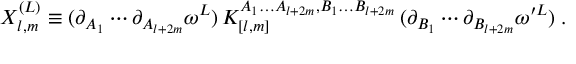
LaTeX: X _ { l , m } ^ { ( L ) } \equiv ( \partial _ { A _ { 1 } } \cdots \partial _ { A _ { l + 2 m } } \omega ^ { L } ) \, K _ { [ l , m ] } ^ { A _ { 1 } \dots A _ { l + 2 m } , B _ { 1 } \dots B _ { l + 2 m } } \, ( \partial _ { B _ { 1 } } \cdots \partial _ { B _ { l + 2 m } } \omega ^ { \prime L } ) \; .